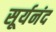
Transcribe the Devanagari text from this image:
सूर्यनंद